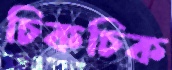
চিকচিক